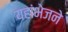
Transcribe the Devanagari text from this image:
यहांभेजने